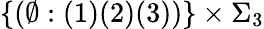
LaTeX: \{ (\emptyset:(1)(2)(3))\} \times\Sigma_{3}